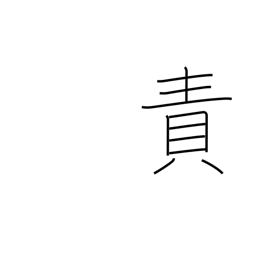
Meaning: censure